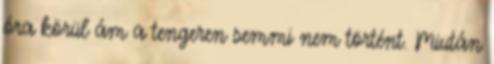
óra körül ám a tengeren semmi nem történt. Miután